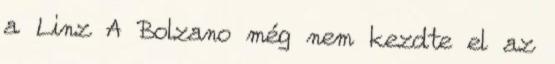
a Linz A Bolzano még nem kezdte el az